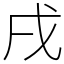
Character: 戌